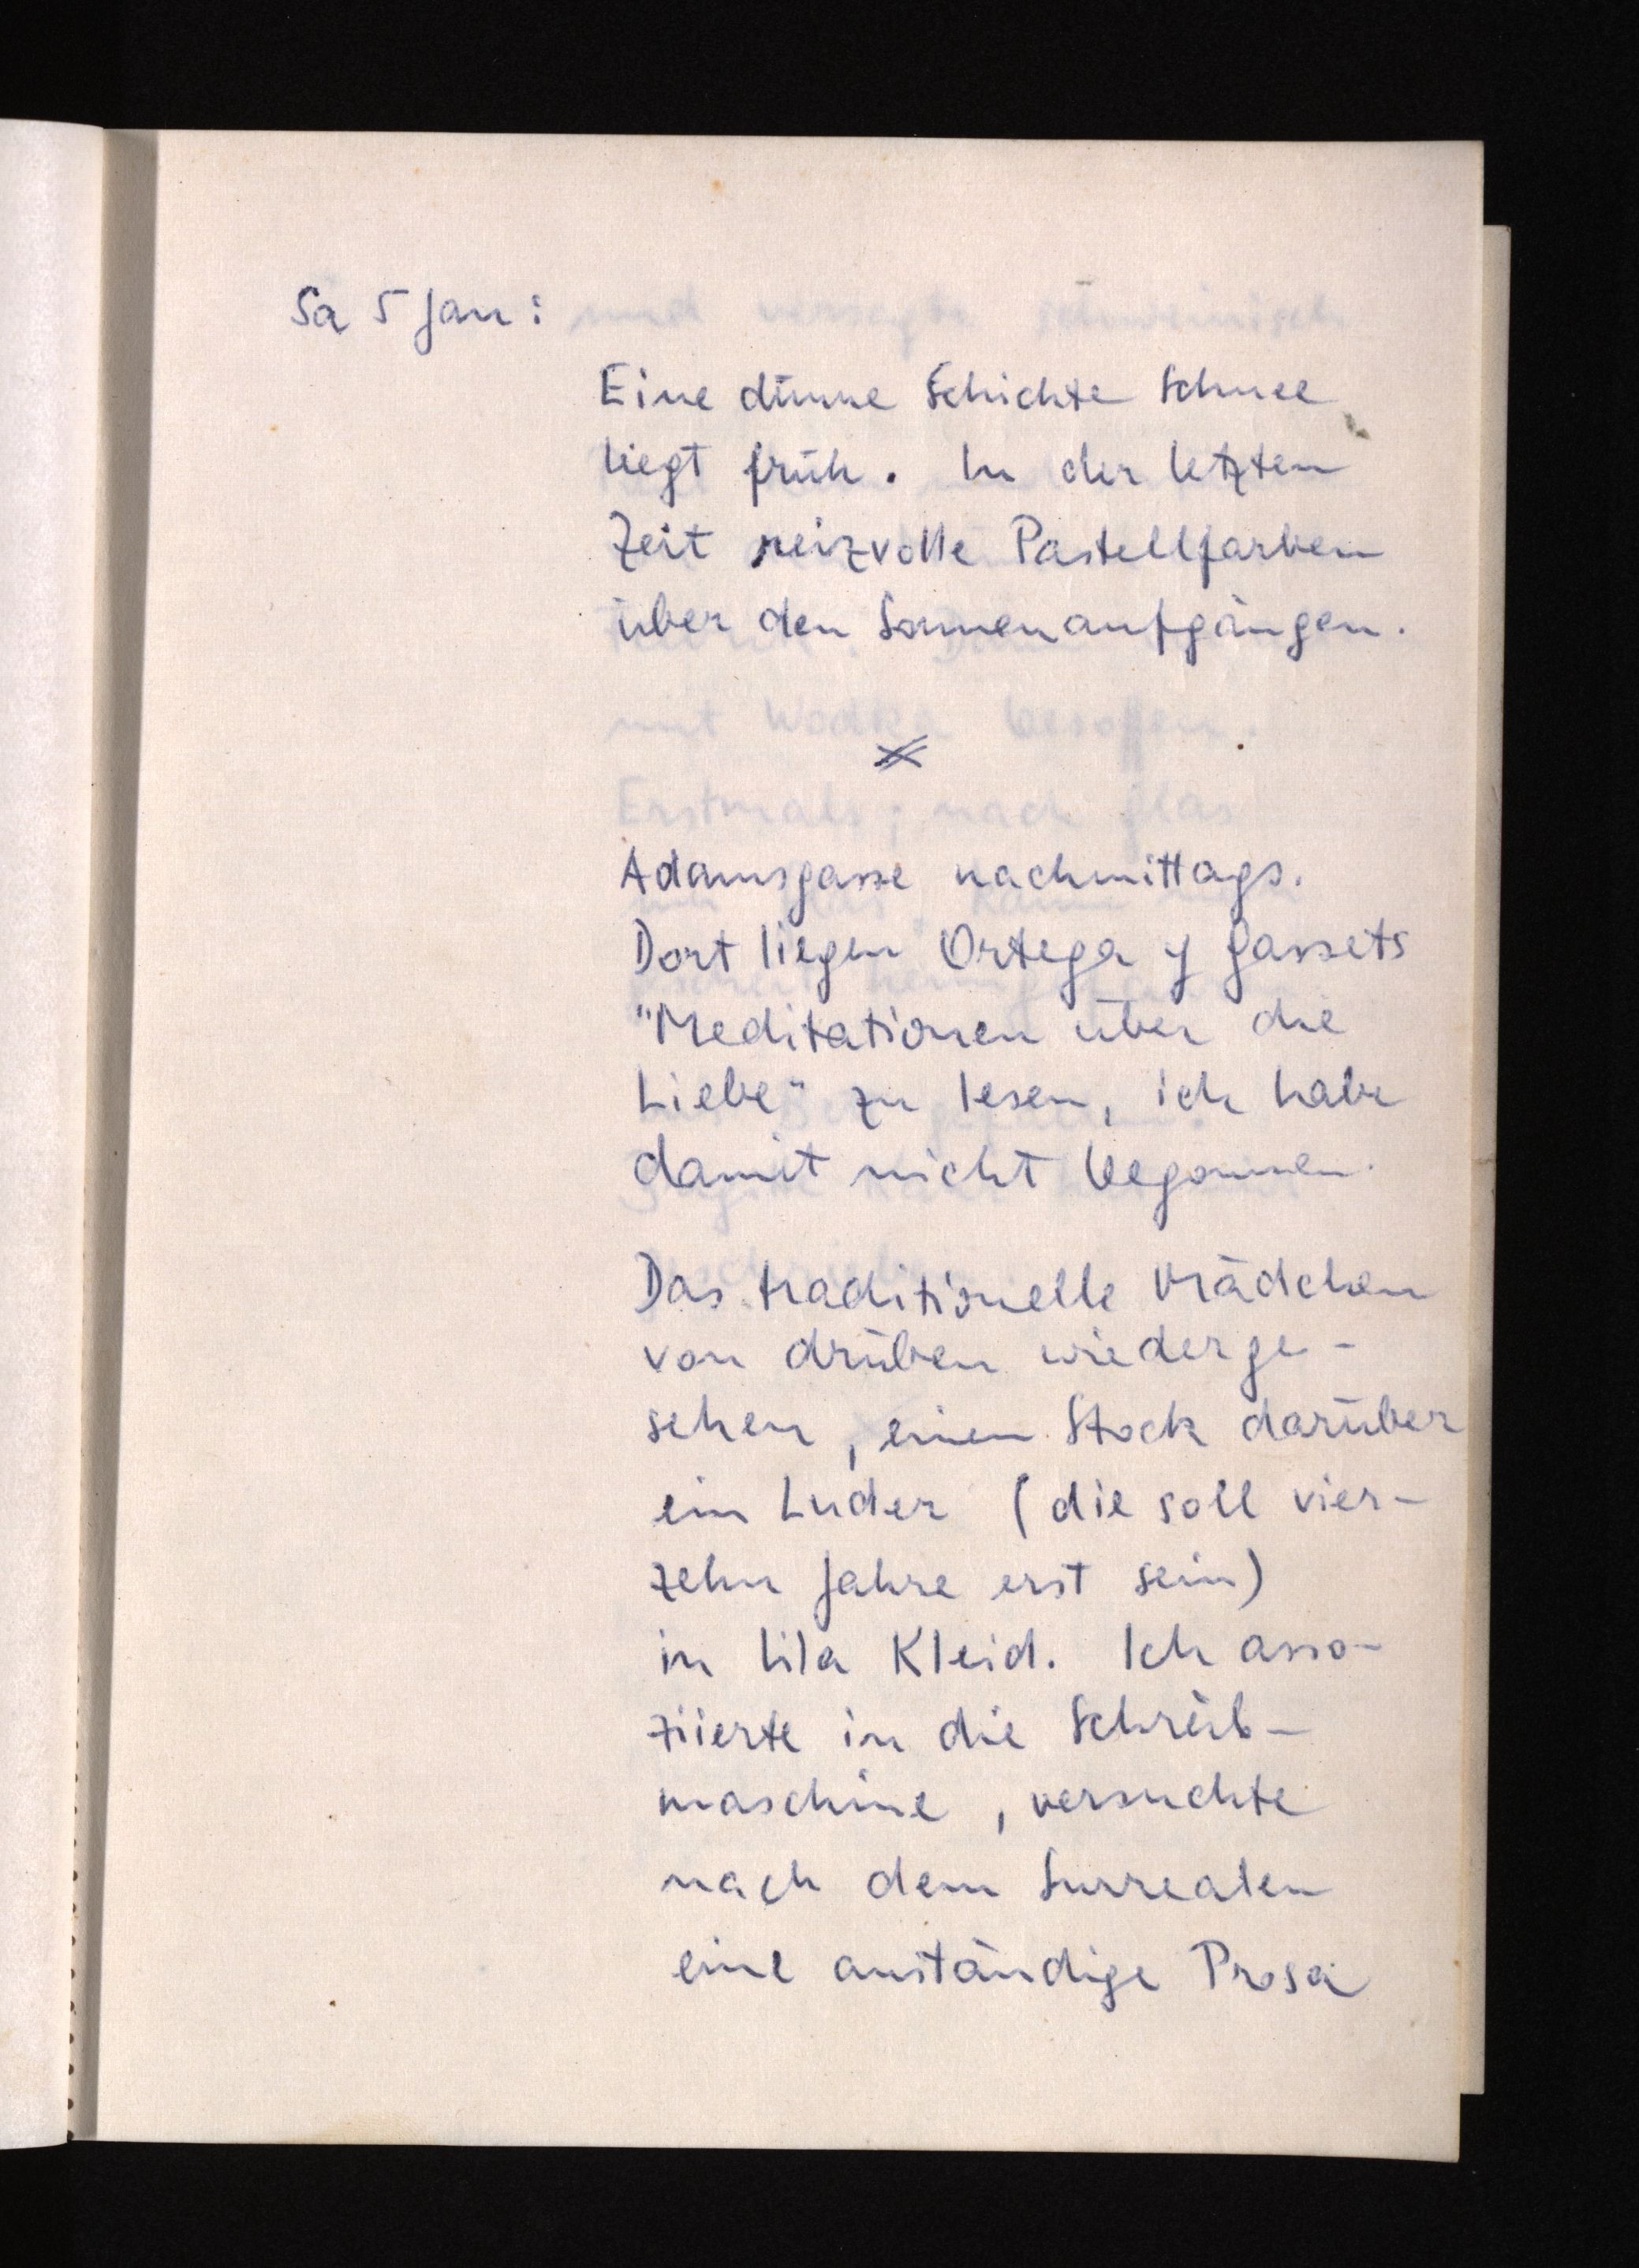
Sa 5 Jan:
Eine dünne sSchichte Schnee
liegt früh. In der letzten
Zeit reizvolle Pastellfarben
über den Sonnenaufgängen.
Adamsgasse nachmittags.
Dort liegen Ortega y Gassets
"Meditationen über die
Liebe" zu lesen, ich habe
damit nicht begonnen.
Das traditionelle Mädchen
von drüben wiederge¬
sehen, einen Stock darüber
ein Luder (die soll vier¬
zehn Jahre erst sein)
in lila Kleid. Ich asso¬
ziierte in die Schreib¬
maschine, versuchte
nach dem Surrealen
eine anständige Prosa